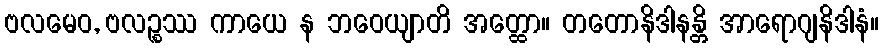
ဗလမေဝ, ဗလဉ္စဿ ကာယေ န ဘဝေယျာတိ အတ္ထော။ တတောနိဒါနန္တိ အာရောဂျနိဒါနံ။